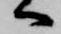
へ